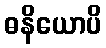
ဓနိယောပိ